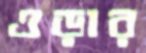
ওড়ার